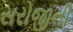
સરોજીની